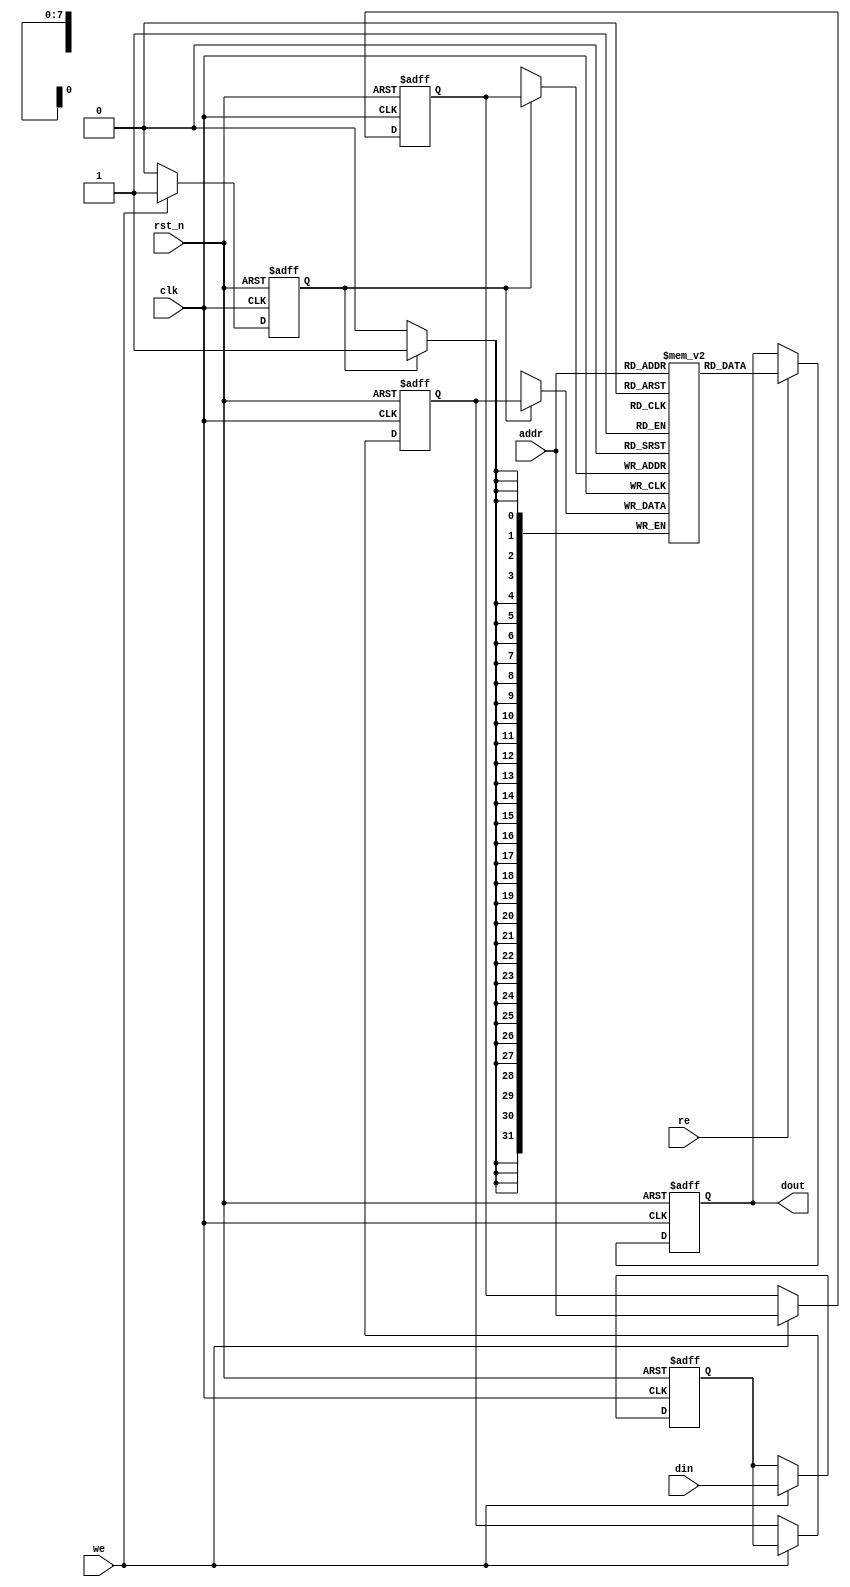
module pipelined_sram #(
    parameter DATA_WIDTH = 32,  // Configurable data width (8, 16, 32 bits)
    parameter ADDR_WIDTH = 8,    // Address width (determined by memory size)
    parameter MEM_SIZE = 256      // Size of the memory (number of words)
)(
    input wire clk,               // Clock signal
    input wire rst_n,             // Active-low reset
    input wire we,                // Write enable
    input wire re,                // Read enable
    input wire [ADDR_WIDTH-1:0] addr, // Address input
    input wire [DATA_WIDTH-1:0] din,   // Data input
    output reg [DATA_WIDTH-1:0] dout   // Data output
);

    // Memory array
    reg [DATA_WIDTH-1:0] memory [0:MEM_SIZE-1];

    // Pipeline registers
    reg [DATA_WIDTH-1:0] input_stage_reg;
    reg [ADDR_WIDTH-1:0] addr_stage_reg;
    reg [DATA_WIDTH-1:0] storage_stage_reg;

    // Control signals
    reg write_enable;
    reg read_enable;

    // Input Stage: Capture incoming data
    always @(posedge clk or negedge rst_n) begin
        if (!rst_n) begin
            input_stage_reg <= 0;
            addr_stage_reg <= 0;
        end else if (we) begin
            input_stage_reg <= din;        // Capture data for writing
            addr_stage_reg <= addr;        // Capture address for writing
        end
    end

    // Storage Stage: Write data to memory
    always @(posedge clk or negedge rst_n) begin
        if (!rst_n) begin
            storage_stage_reg <= 0;
            write_enable <= 0;
        end else if (we) begin
            storage_stage_reg <= input_stage_reg; // Pass data to storage stage
            write_enable <= 1;                    // Set write enable
        end else begin
            write_enable <= 0;                    // Clear write enable
        end
    end

    // Memory write operation
    always @(posedge clk) begin
        if (write_enable) begin
            memory[addr_stage_reg] <= storage_stage_reg; // Write data to memory
        end
    end

    // Output Stage: Read data from memory
    always @(posedge clk or negedge rst_n) begin
        if (!rst_n) begin
            dout <= 0;
            read_enable <= 0;
        end else if (re) begin
            dout <= memory[addr]; // Read data from memory
            read_enable <= 1;     // Set read enable
        end else begin
            read_enable <= 0;     // Clear read enable
        end
    end

endmodule